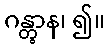
ဂန္တွာန၊ ၍။